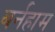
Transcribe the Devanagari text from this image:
बर्नहाम